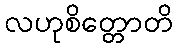
လဟုစိတ္တောတိ